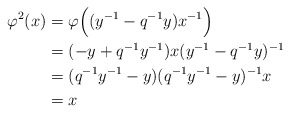
\begin{align*}\varphi^2(x) &= \varphi\Big((y^{-1}-q^{-1}y)x^{-1}\Big) \\&= (-y+q^{-1}y^{-1})x(y^{-1}-q^{-1}y)^{-1} \\&= (q^{-1}y^{-1}-y)(q^{-1}y^{-1}-y)^{-1}x \\&= x\end{align*}